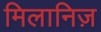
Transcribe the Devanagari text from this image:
मिलानिज़